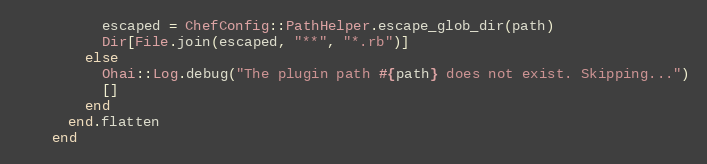
Language: Ruby
          escaped = ChefConfig::PathHelper.escape_glob_dir(path)
          Dir[File.join(escaped, "**", "*.rb")]
        else
          Ohai::Log.debug("The plugin path #{path} does not exist. Skipping...")
          []
        end
      end.flatten
    end